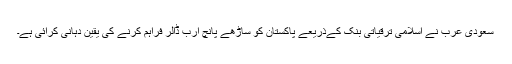
سعودی عرب نے اسلامی ترقیاتی بنک کےذریعے پاکستان کو ساڑھے پانچ ارب ڈالر فراہم کرنے کی یقین دہانی کرائی ہے۔